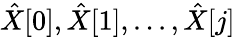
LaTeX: {\hat{X}}[0],{\hat{X}}[1],...,{\hat{X}}[j]